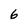
Character: 6